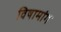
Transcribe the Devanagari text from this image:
विषामांग